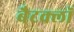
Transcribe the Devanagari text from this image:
बैटक्लॉ